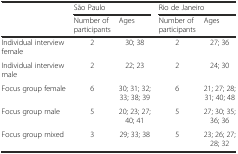
<table><thead><tr><td rowspan="2"></td><td colspan="2"><b>São Paulo</b></td><td colspan="2"><b>Rio de Janeiro</b></td></tr><tr><td><b>Number of participants</b></td><td><b>Ages</b></td><td><b>Number of participants</b></td><td><b>Ages</b></td></tr></thead><tbody><tr><td>Individual interview female</td><td>2</td><td>30; 38</td><td>2</td><td>27; 36</td></tr><tr><td>Individual interview male</td><td>2</td><td>22; 23</td><td>2</td><td>24; 30</td></tr><tr><td>Focus group female</td><td>6</td><td>30; 31; 32; 33; 38; 39</td><td>6</td><td>21; 27; 28; 31; 40; 48</td></tr><tr><td>Focus group male</td><td>5</td><td>20; 23; 27; 40; 41</td><td>5</td><td>27; 30; 35; 36; 36</td></tr><tr><td>Focus group mixed</td><td>3</td><td>29; 33; 38</td><td>5</td><td>23; 26; 27; 28; 32</td></tr></tbody></table>